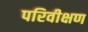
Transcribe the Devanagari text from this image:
परिवीक्षण